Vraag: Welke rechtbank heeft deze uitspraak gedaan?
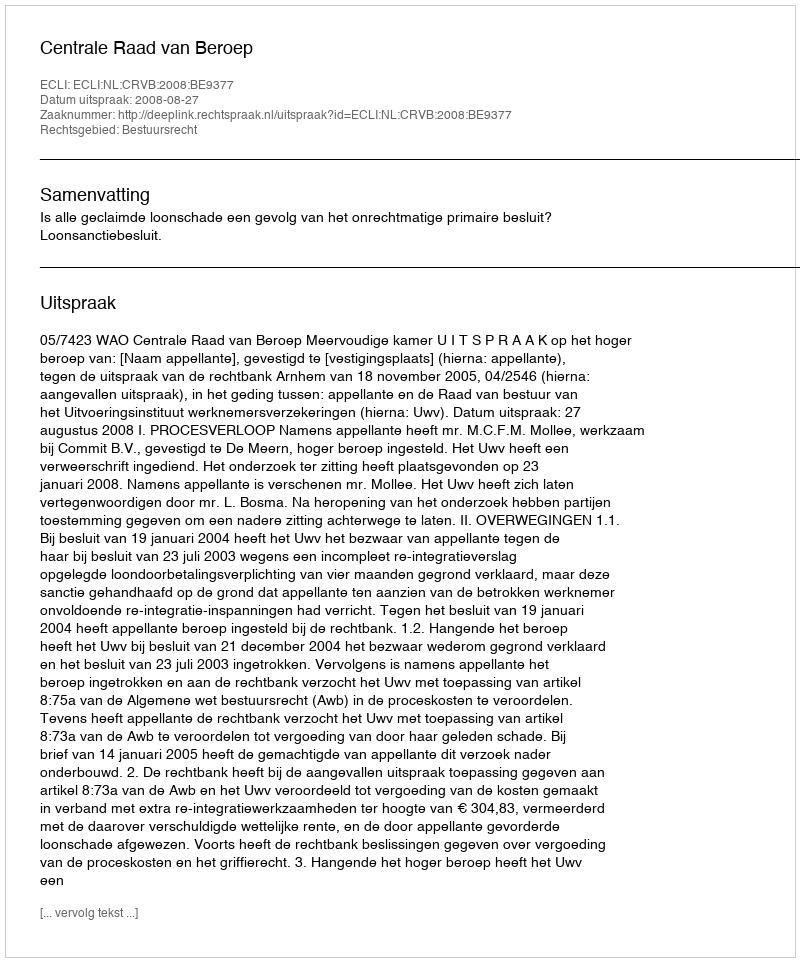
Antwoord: Centrale Raad van Beroep